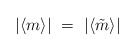
\begin{align*}|\langle m\rangle|\ =\ |\langle\tilde m\rangle|\end{align*}